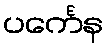
ပင်္ကေန